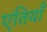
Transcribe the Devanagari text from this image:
एतियाँ